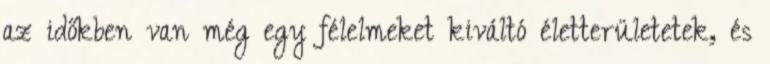
az időkben van még egy félelmeket kiváltó életterületetek, és